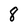
Character: 8